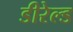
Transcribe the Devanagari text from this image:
डीरेल्ड